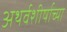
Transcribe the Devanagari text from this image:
अथर्वशीर्षाच्या